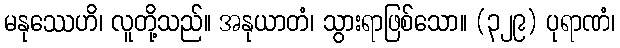
မနုဿေဟိ၊ လူတို့သည်။ အနုယာတံ၊ သွားရာဖြစ်သော။ (၃၂၉) ပုရာဏံ၊